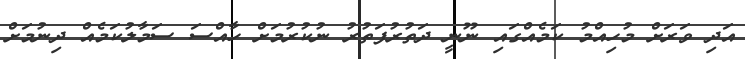
އަދި ވަރަށް މުހިއްމު ކަމެއްގައި ނޫނީ ދަތުރުފަތުރު ނުކުރުމަށް ހާއްސަ ސަމާލުކަމެއް ދިނުމަށް